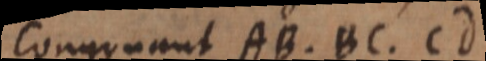
congruunt AB, BC, CD